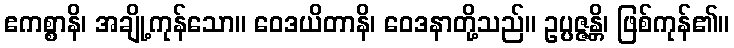
ဧကစ္စာနိ၊ အချို့ကုန်သော။ ဝေဒယိတာနိ၊ ဝေဒနာတို့သည်။ ဥပ္ပဇ္ဇန္တိ၊ ဖြစ်ကုန်၏။